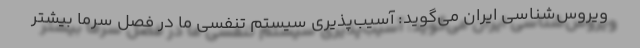
ویروس‌شناسی ایران می‌گوید: آسیب‌پذیری سیستم تنفسی ما در فصل سرما بیشتر